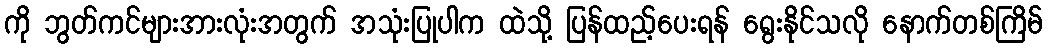
ကို ဘွတ်ကင်များအားလုံးအတွက် အသုံးပြုပါက ထဲသို့ ပြန်ထည့်ပေးရန် ရွေးနိုင်သလို နောက်တစ်ကြိမ်